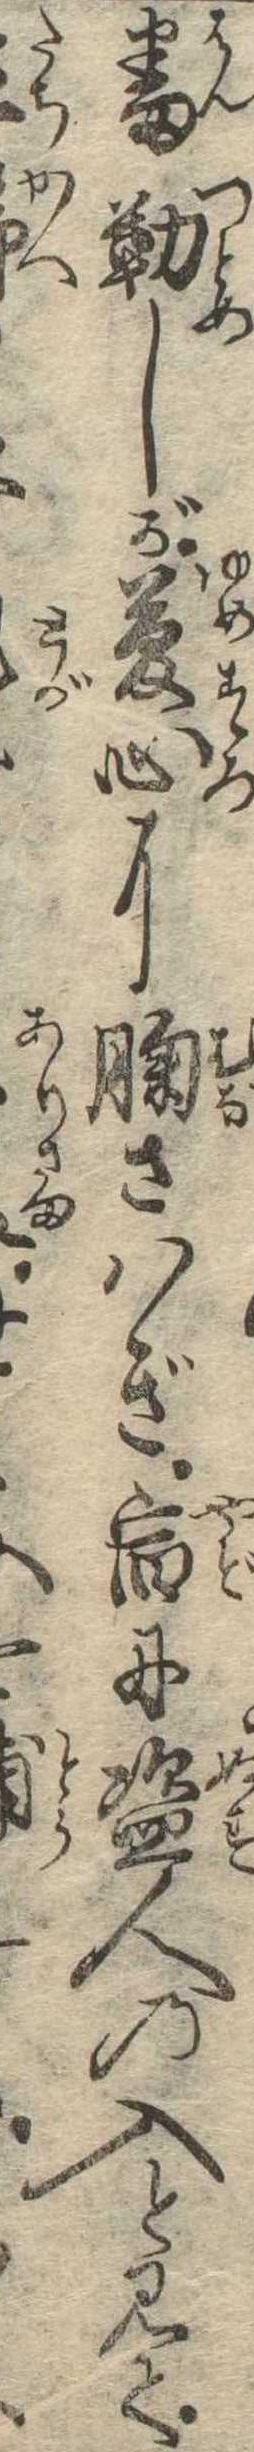
番勤しが夢心に胸さはぎ宿に盗人の入と見て